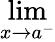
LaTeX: \operatorname*{lim}_{x\to a^{-}}